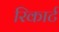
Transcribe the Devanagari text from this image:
रिकार्ट